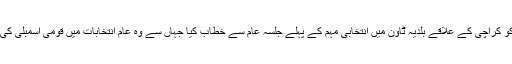
شہباز شریف نے پیر کو کراچی کے علاقے بلدیہ ٹاون میں انتخابی مہم کے پہلے جلسۂ عام سے خطاب کیا جہاں سے وہ عام انتخابات میں قومی اسمبلی کی نشست پر امیدوار ہیں۔